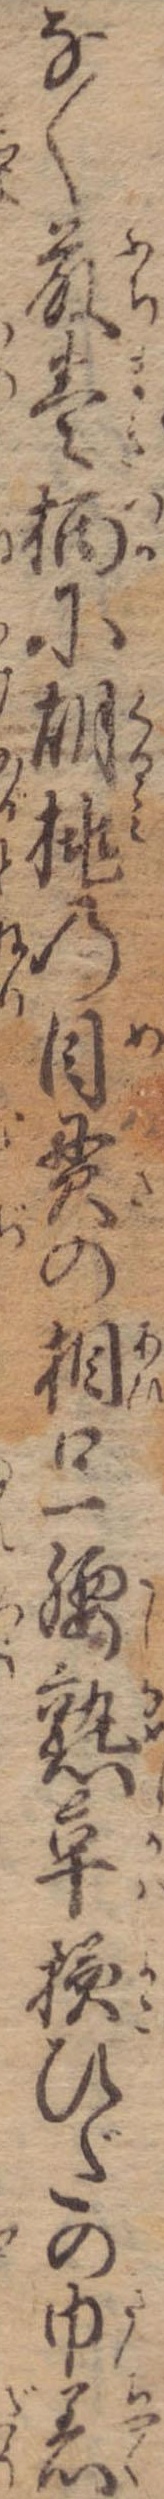
なく藤巻柄に胡桃の目貫の相口一腰熟革横ひだの巾着